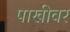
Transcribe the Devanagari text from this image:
पाखीवर